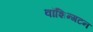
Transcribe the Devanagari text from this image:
वॉशिन्गटन